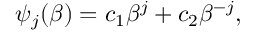
\begin{array} { r } { \psi _ { j } ( \beta ) = c _ { 1 } \beta ^ { j } + c _ { 2 } \beta ^ { - j } , } \end{array}